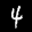
Label: 4